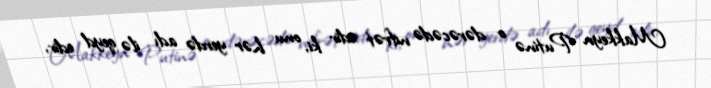
Makkeyn Putinə o dərəcədə nifrət edir ki, onu hər yerdə adı ilə qeyd edir,